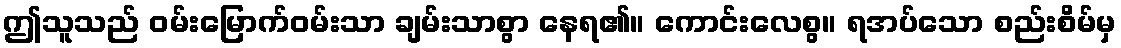
ဤသူသည် ဝမ်းမြောက်ဝမ်းသာ ချမ်းသာစွာ နေရ၏။ ကောင်းလေစွ။ ရအပ်သော စည်းစိမ်မှ